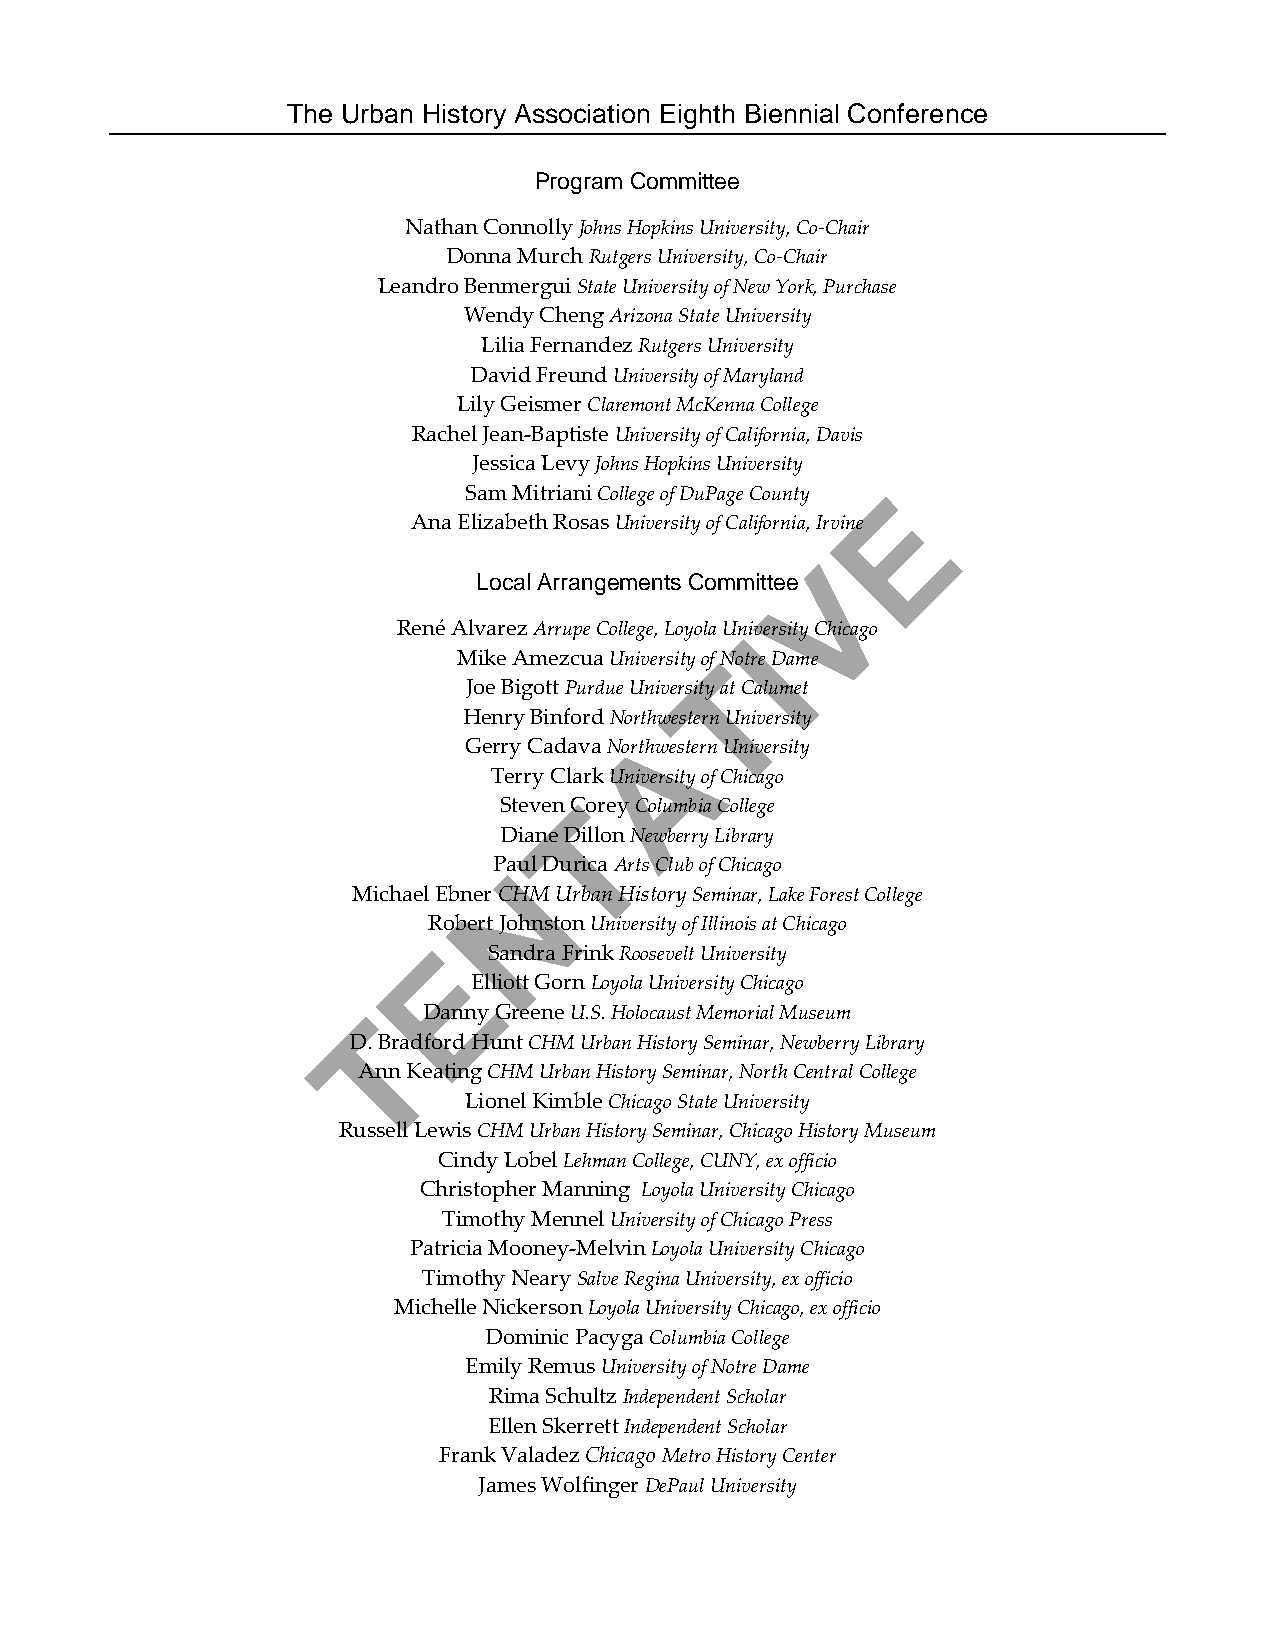
The Urban History Association Eighth Biennial Conference
 Program Committee
 Nathan Connolly Johns Hopkins University, Co-Chair
 Donna Murch Rutgers University, Co-Chair
 Leandro Benmergui State University of New York, Purchase
 Wendy Cheng Arizona State University
 Lilia Fernandez Rutgers University
 David Freund University of Maryland
 Lily Geismer Claremont McKenna College
 Rachel Jean-Baptiste University of California, Davis
 Jessica Levy Johns Hopkins University
 Sam Mitriani College of DuPage County E
 Ana Elizabeth Rosas University of California, Irvine
 V
 Local Arrangements Committee
 René Alvarez Arrupe College, Loyola UnIiversity Chicago
 Mike Amezcua University ofT Notre Dame
 Joe Bigott Purdue University at Calumet
 Henry Binford Northwestern University
 A
 Gerry Cadava Northwestern University
 Terry Clark University of Chicago
 Steven CTorey Columbia College
 Diane Dillon Newberry Library
 PaNul Durica Arts Club of Chicago
 Michael Ebner CHM Urban History Seminar, Lake Forest College
 Robert Johnston University of Illinois at Chicago
 E
 Sandra Frink Roosevelt University
 Elliott Gorn Loyola University Chicago
 T   Danny Greene U.S. Holocaust Memorial Museum
 D. Bradford Hunt CHM Urban History Seminar, Newberry Library
 Ann Keating CHM Urban History Seminar, North Central College
 Lionel Kimble Chicago State University
 Russell Lewis CHM Urban History Seminar, Chicago History Museum
 Cindy Lobel Lehman College, CUNY, ex officio
 Christopher Manning Loyola University Chicago
 Timothy Mennel University of Chicago Press
 Patricia Mooney-Melvin Loyola University Chicago
 Timothy Neary Salve Regina University, ex officio
 Michelle Nickerson Loyola University Chicago, ex officio
 Dominic Pacyga Columbia College
 Emily Remus University of Notre Dame
 Rima Schultz Independent Scholar
 Ellen Skerrett Independent Scholar
 Frank Valadez Chicago Metro History Center
 James Wolfinger DePaul University